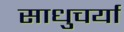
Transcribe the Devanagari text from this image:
साधुचर्या